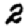
Digit: 2